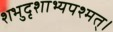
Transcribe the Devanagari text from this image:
शभुदृशाभ्यपश्मत्।